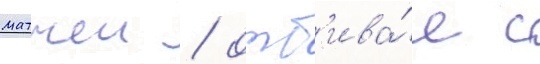
матчеи / отб'ива́я с